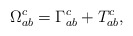
\begin{align*}\Omega _{ab}^c=\Gamma _{ab}^c+T_{ab}^c, \end{align*}